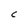
Character: C